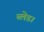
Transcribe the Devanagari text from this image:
ब्लेड।